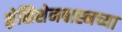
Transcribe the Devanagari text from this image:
श्लेसिशेनबाह्नच्या